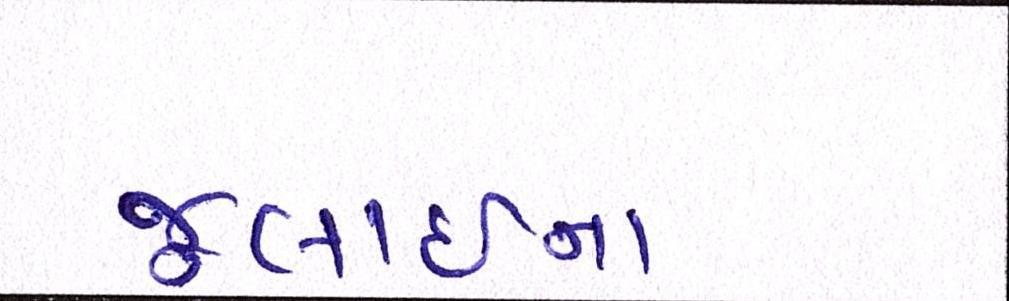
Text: જૂલાઈના